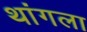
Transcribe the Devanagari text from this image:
थांगला